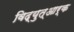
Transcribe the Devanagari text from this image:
विद्युत्आर्क